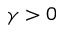
\gamma > 0